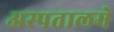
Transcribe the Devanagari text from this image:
अस्पतालमे